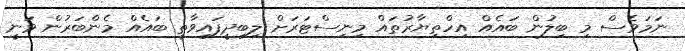
ނަމަވެސް މި ބިލުން ބައެއް އިހްތިޔާރުތައް މިނިސްޓަރަށް ލިބިދީފައިވާތީ ބައެއް މެންބަރުން ވަނީ